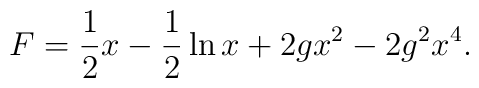
F=\frac{1}{2}x-\frac{1}{2}\ln x+2gx^2 -2g^2 x^4 .